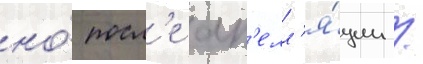
но́ посл'е ап'елл'я́ции /